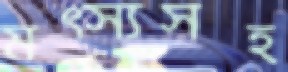
মত্স্যসহ